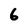
Character: 6